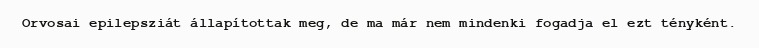
Orvosai epilepsziát állapítottak meg, de ma már nem mindenki fogadja el ezt tényként.